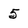
Character: 5